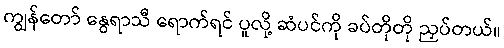
ကျွန်တော် နွေရာသီ ရောက်ရင် ပူလို့ ဆံပင်ကို ခပ်တိုတို ညှပ်တယ်။